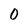
Character: 0